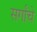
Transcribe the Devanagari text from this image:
सर्गांचे